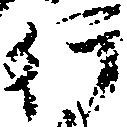
行